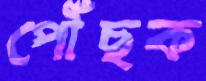
পৌঁছক